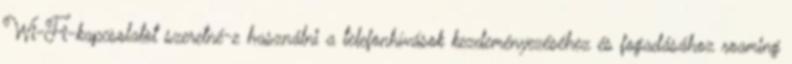
Wi-Fi-kapcsolatot szeretné-e használni a telefonhívások kezdeményezéséhez és fogadásához roaming